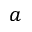
a